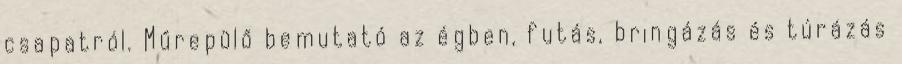
csapatról. Műrepülő bemutató az égben, futás, bringázás és túrázás